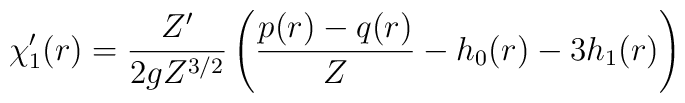
\chi_1'(r)=\frac{Z'}{2gZ^{3/2}}\left(\frac{p(r)-q(r)}{Z}-h_0(r)-3h_1(r)\right)